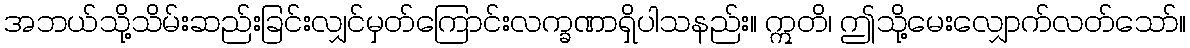
အဘယ်သို့သိမ်းဆည်းခြင်းလျှင်မှတ်ကြောင်းလက္ခဏာရှိပါသနည်း။ ဣတိ၊ ဤသို့မေးလျှောက်လတ်သော်။